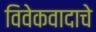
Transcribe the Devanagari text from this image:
विवेकवादाचे